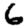
Digit: 6